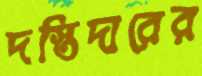
দস্তিদারের